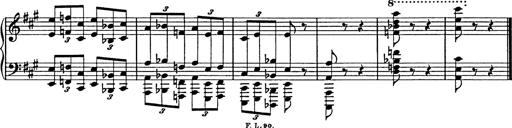
Title: Galop in A minor
Composer: Franz Liszt
Key: A minor